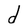
Character: d